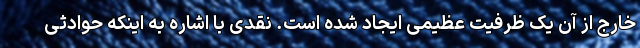
خارج از آن یک ظرفیت عظیمی ایجاد شده است. نقدی با اشاره به اینکه حوادثی